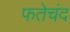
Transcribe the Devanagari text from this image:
फतेचंद